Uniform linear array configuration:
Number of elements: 12
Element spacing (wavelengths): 0.5
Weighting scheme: hann
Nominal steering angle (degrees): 60
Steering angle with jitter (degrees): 59.476
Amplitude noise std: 0.05
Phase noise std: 0.05

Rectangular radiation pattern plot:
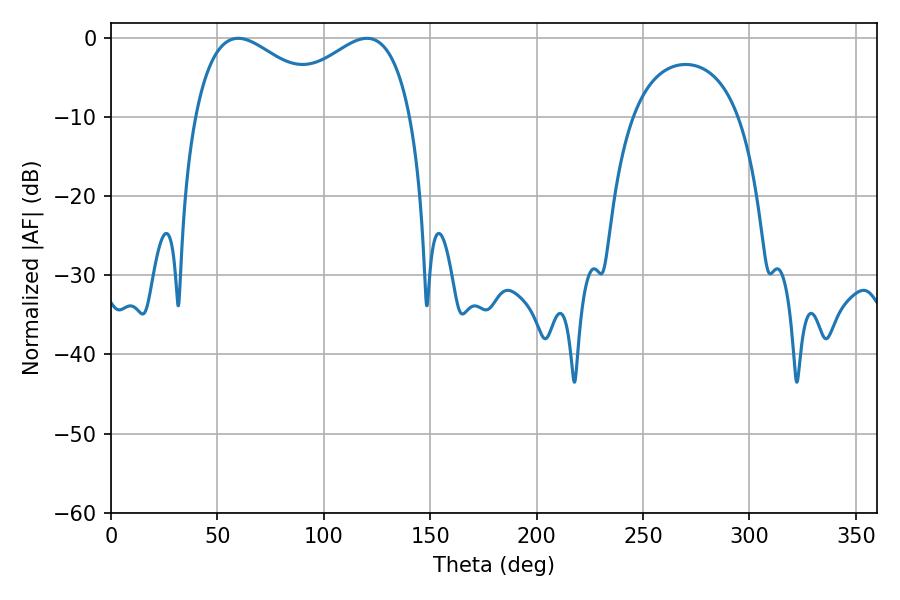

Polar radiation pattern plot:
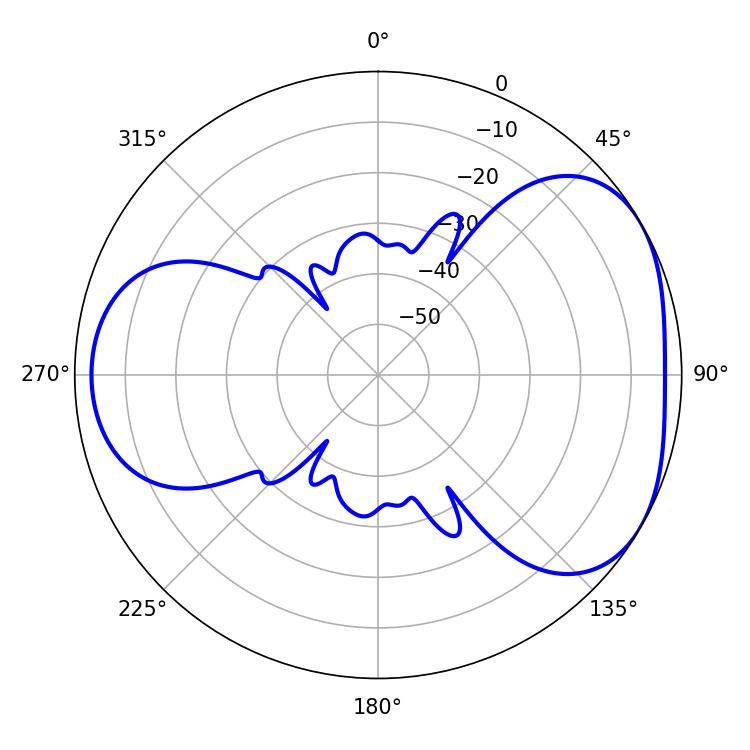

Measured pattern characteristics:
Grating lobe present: FALSE
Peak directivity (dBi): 4.241
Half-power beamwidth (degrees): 36.36
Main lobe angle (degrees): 59.76